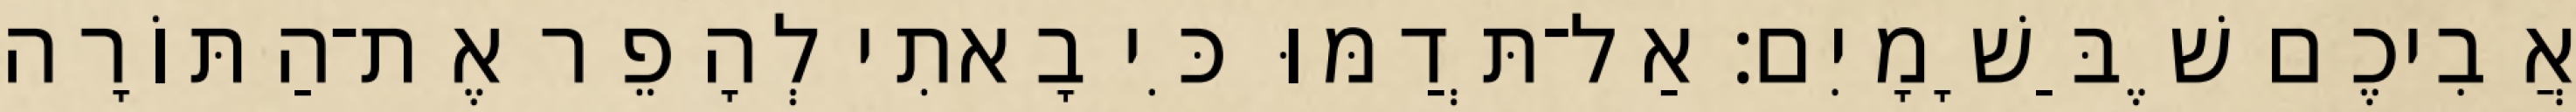
אֲבִיכֶם שֶׁבַּשָׁמָיִם׃ אַל־תְּדַמּוּ כִּי בָאתִי לְהָפֵר אֶת־הַתּוֹרָה